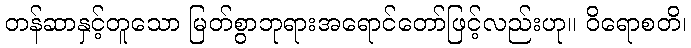
တန်ဆာနှင့်တူသော မြတ်စွာဘုရားအရောင်တော်ဖြင့်လည်းဟု။ ဝိရောစတိ၊